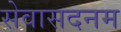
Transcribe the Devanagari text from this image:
सेवासदनम